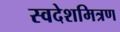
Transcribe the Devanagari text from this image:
स्वदेशमित्रण